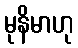
မုနိမာဟု